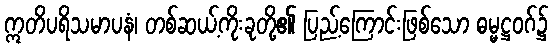
ဣတိပရိသမာပနံ၊ တစ်ဆယ့်ကိုးခုတို့၏ ပြည့်ကြောင်းဖြစ်သော ဓမ္မဋ္ဌဝဂ်၌